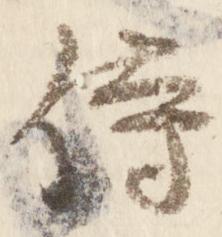
侍